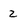
Character: 2